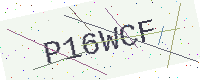
Text: P16WCF